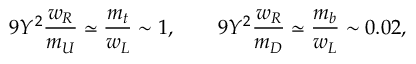
9 Y ^ { 2 } { \frac { w _ { R } } { m _ { U } } } \simeq { \frac { m _ { t } } { w _ { L } } } \sim 1 , \qquad 9 Y ^ { 2 } { \frac { w _ { R } } { m _ { D } } } \simeq { \frac { m _ { b } } { w _ { L } } } \sim 0 . 0 2 ,